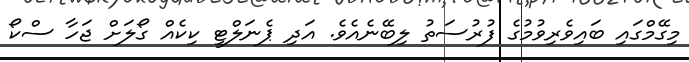
މިގޭމްގައި ބައިވެރިވުމުގެ ފުރުސަތު ލިބޭނެއެވެ. އަދި ޕެނަލްޓީ ކިކެއް ގޯލަށް ޖަހާ ސްކޯ